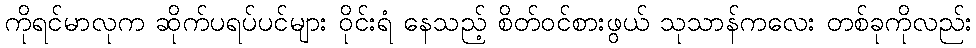
ကိုရင်မာလုက ဆိုက်ပရပ်ပင်များ ဝိုင်းရံ နေသည့် စိတ်ဝင်စားဖွယ် သုသာန်ကလေး တစ်ခုကိုလည်း